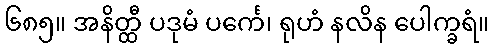
၆၈၅။ အနိတ္ထီ ပဒုမံ ပင်္ကေ၊ ရုဟံ နလိန ပေါက္ခရံ။